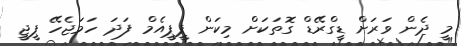
މީ ދެން ވަަރަށް ޑީގްރޭޑް ގޮތަކަށް މިކަން ޕީޕީއެމް ފަދަ ހަމަޖެހޭ ޕީޖީ